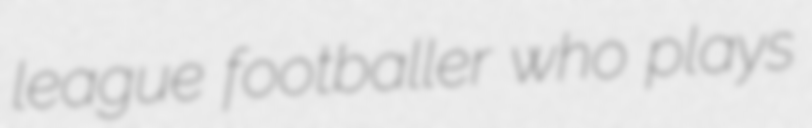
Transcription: league footballer who plays